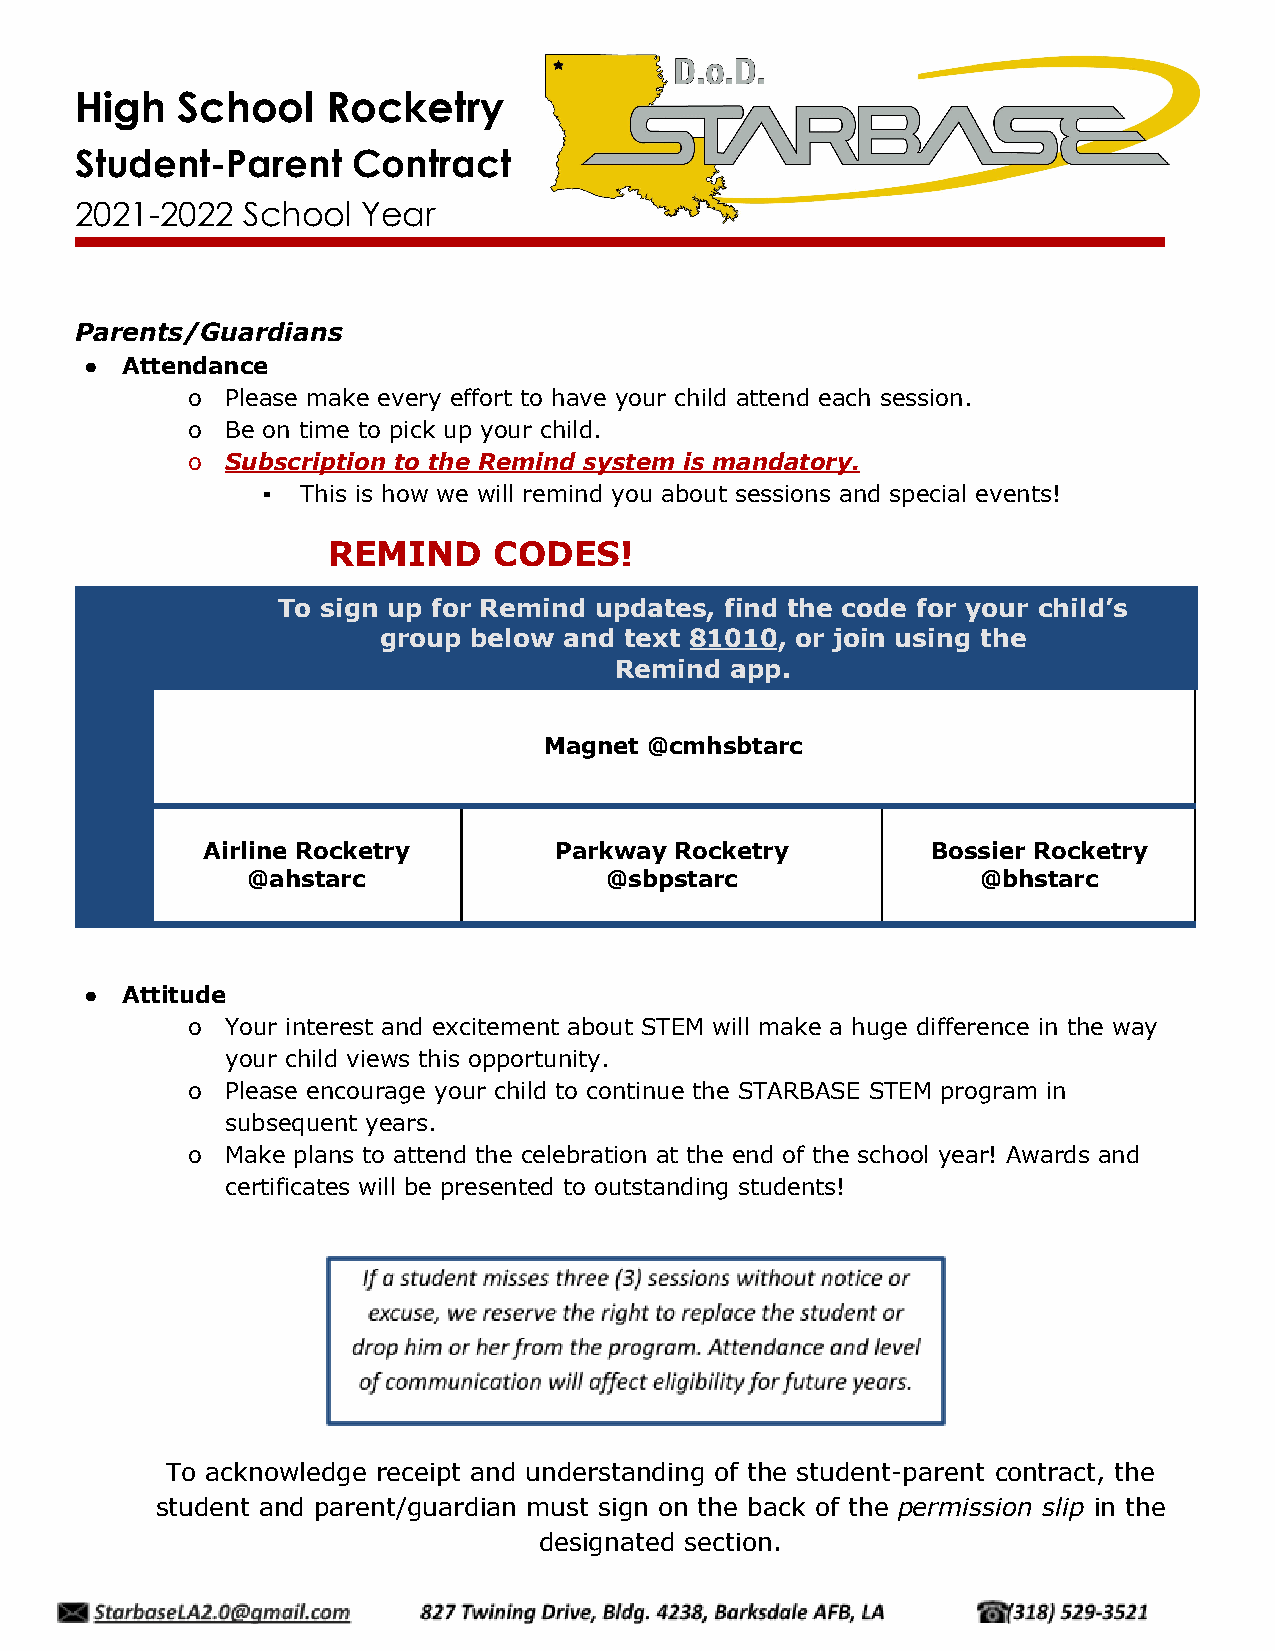
High   School    Rocketry
 Student-Parent    Contract
 2021-2022  School  Year
 Parents/Guardians
 ● Attendance
 o  Please make every effort to have your child attend each session.
 o  Be on time to pick up your child.
 o  Subscription to the Remind system is mandatory.
 ▪  This is how we will remind you about sessions and special events!
 REMIND     CODES!
 To sign up for Remind updates, find the code for your child’s
 group below and text 81010, or join using the
 Remind app.
 Magnet @cmhsbtarc
 Airline Rocketry        Parkway Rocketry         Bossier Rocketry
 @ahstarc                @sbpstarc                @bhstarc
 ● Attitude
 o  Your interest and excitement about STEM will make a huge difference in the way
 your child views this opportunity.
 o  Please encourage your child to continue the STARBASE STEM program in
 subsequent years.
 o  Make plans to attend the celebration at the end of the school year! Awards and
 certificates will be presented to outstanding students!
 To acknowledge receipt and understanding of the student-parent contract, the
 student and parent/guardian must sign on the back of the permission slip in the
 designated section.